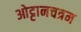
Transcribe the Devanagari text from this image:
ओट्टानचत्रम